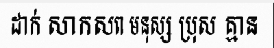
ដាក់ សាកសព មនុស្ស ប្រុស គ្មាន